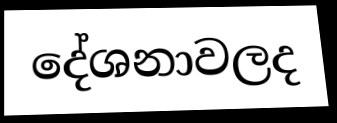
දේශනාවලද